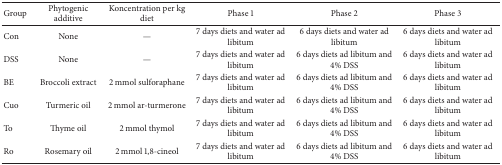
| Group | Phytogenic additive | Koncentration per kg diet | Phase 1 | Phase 2 | Phase 3 |
 | --- | --- | --- | --- | --- | --- |
 | Con | None | — | 7 days diets and water ad libitum | 6 days diets and water ad libitum | 6 days diets and water ad libitum |
 | DSS | None | — | 7 days diets and water ad libitum | 6 days diets ad libitum and 4% DSS | 6 days diets and water ad libitum |
 | BE | Broccoli extract | 2 mmol sulforaphane | 7 days diets and water ad libitum | 6 days diets ad libitum and 4% DSS | 6 days diets and water ad libitum |
 | Cuo | Turmeric oil | 2 mmol ar-turmerone | 7 days diets and water ad libitum | 6 days diets ad libitum and 4% DSS | 6 days diets and water ad libitum |
 | To | Thyme oil | 2 mmol thymol | 7 days diets and water ad libitum | 6 days diets ad libitum and 4% DSS | 6 days diets and water ad libitum |
 | Ro | Rosemary oil | 2 mmol 1,8-cineol | 7 days diets and water ad libitum | 6 days diets ad libitum and 4% DSS | 6 days diets and water ad libitum |